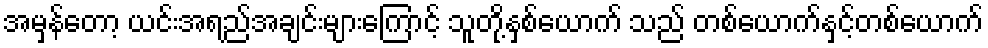
အမှန်တော့ ယင်းအရည်အချင်းများကြောင့် သူတို့နှစ်ယောက် သည် တစ်ယောက်နှင့်တစ်ယောက်